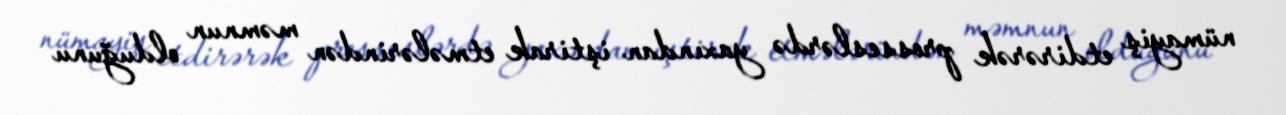
nümayiş etdirərək prosseslərdə yaxından iştirak etmələrindən məmnun olduğunu